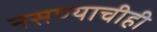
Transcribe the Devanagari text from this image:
नसण्याचीही